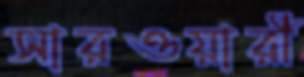
সারওয়ারী